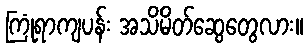
ကြုံရာကျပန်း အသိမိတ်ဆွေတွေလား။